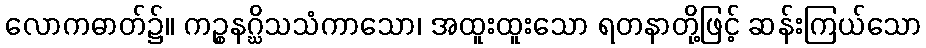
လောကဓာတ်၌။ ကဉ္စနဂ္ဃိသသံကာသော၊ အထူးထူးသော ရတနာတို့ဖြင့် ဆန်းကြယ်သော